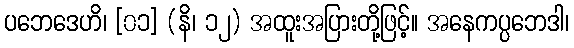
ပဘေဒေဟိ၊ [၀၁] (နိ၊ ၁၂) အထူးအပြားတို့ဖြင့်။ အနေကပ္ပဘေဒါ၊